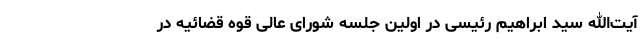
آیت‌الله سید ابراهیم رئیسی در اولین جلسه شورای عالی قوه قضائیه در